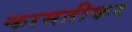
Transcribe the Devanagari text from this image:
कामतीकर